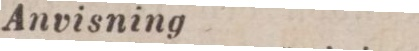
Anvisning